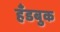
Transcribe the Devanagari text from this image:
हँडबुक